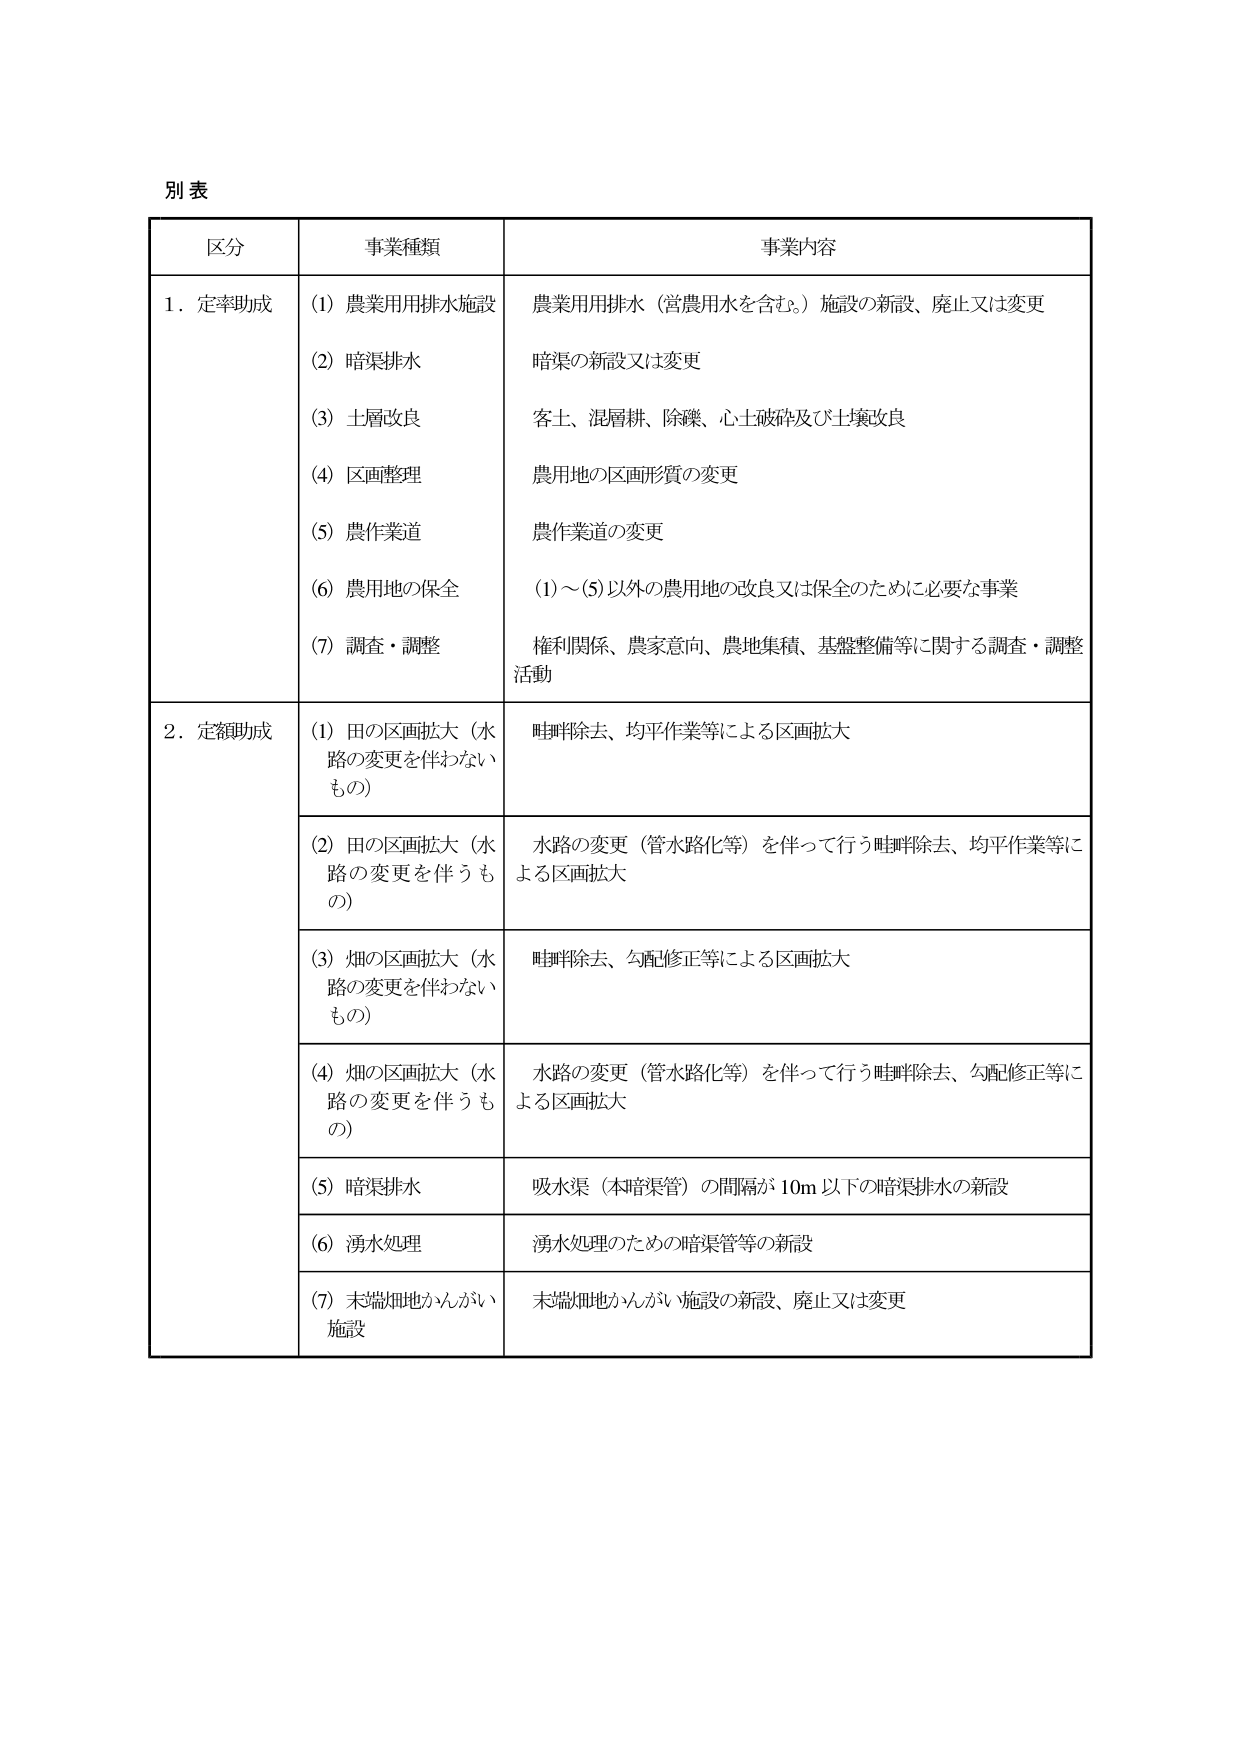
別表

区分 事業種類 事業内容

1．定率助成
(1) 農業用用排水施設 農業用用排水（営農用水を含む。）施設の新設、廃止又は変更
(2) 暗渠排水 暗渠の新設又は変更
(3) 土層改良 客土、混層耕、除礫、心土破砕及び土壌改良
(4) 区画整理 農用地の区画形質の変更
(5) 農作業道 農作業道の変更
(6) 農用地の保全 (1)～(5)以外の農用地の改良又は保全のために必要な事業
(7) 調査・調整 権利関係、農家意向、農地集積、基盤整備等に関する調査・調整活動

2．定額助成
(1) 田の区画拡大（水路の変更を伴わないもの） 畦畔除去、均平作業等による区画拡大
(2) 田の区画拡大（水路の変更を伴うもの） 水路の変更（管水路化等）を伴って行う畦畔除去、均平作業等による区画拡大
(3) 畑の区画拡大（水路の変更を伴わないもの） 畦畔除去、勾配修正等による区画拡大
(4) 畑の区画拡大（水路の変更を伴うもの） 水路の変更（管水路化等）を伴って行う畦畔除去、勾配修正等による区画拡大
(5) 暗渠排水 吸水渠（本暗渠管）の間隔が10m以下の暗渠排水の新設
(6) 湧水処理 湧水処理のための暗渠管等の新設
(7) 末端畑地かんがい施設 末端畑地かんがい施設の新設、廃止又は変更